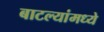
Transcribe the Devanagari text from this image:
बाटल्यांमध्ये